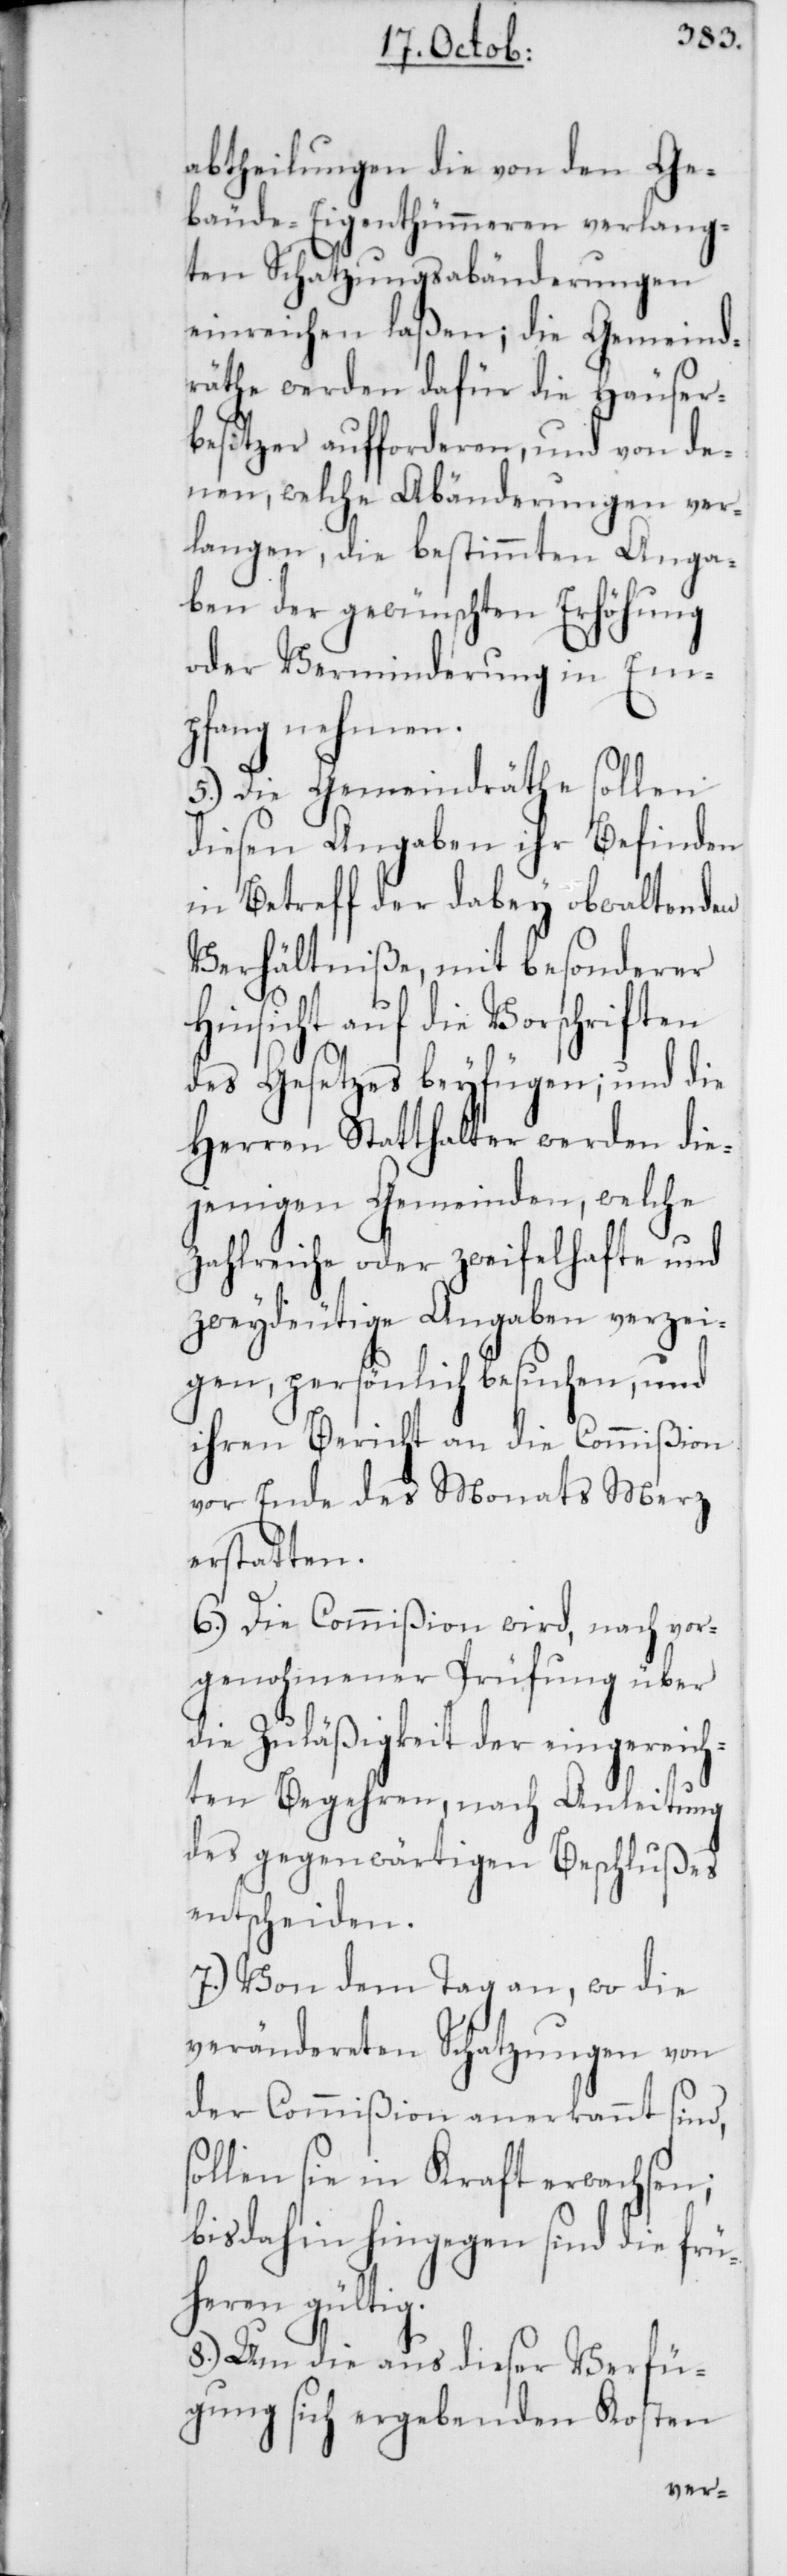
abtheilungen die von den Ge¬
bäude-Eigenthümeren verlang¬
ten Schatzungsabänderungen
einreichen laßen; die Gemeind¬
räthe werden dafür die Häuser¬
besitzer aufforderen, und von de¬
nen, welche Abänderungen ver¬
langen, die bestimmten Anga¬
ben der gewünschten Erhöhung
oder Verminderung in Em¬
pfang nehmen.
5.) Die Gemeindräthe sollen
diesen Angaben ihr Befinden
in Betreff der dabey obwaltenden
Verhältniße, mit besonderer
Hinsicht auf die Vorschriften
des Gesetzes beyfügen; und die
Herren Statthalter werden die¬
jenigen Gemeinden, welche
zahlreiche oder zweifelhafte und
zweydeutige Angaben verzei¬
gen, persönlich besuchen, und
ihren Bericht an die Commißion
vor Ende des Monats Merz
erstatten.
6.) Die Commißion wird, nach vor¬
genohmener Prüfung über
die Zuläßigkeit der eingereich¬
ten Begehren, nach Anleitung
des gegenwärtigen Beschlußes
entscheiden.
7.) Von dem Tag an, wo die
verändereten Schatzungen von
der Commißion anerkannt sind,
sollen sie in Kraft erwachsen;
bis dahin hingegen sind die frü¬
heren gültig.
8.) Um die aus dieser Verfü¬
gung sich ergebenden Kosten